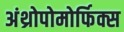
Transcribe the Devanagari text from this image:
अंथ्रोपोमोर्फिक्स